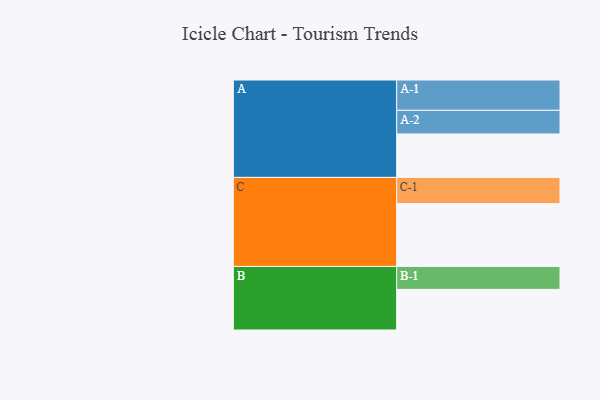
{"axis": {"x": "Segment", "y": "Value"}, "legend": ["", "A", "B", "C"], "data": [{"x": "A", "y": 404, "type": ""}, {"x": "B", "y": 378, "type": ""}, {"x": "C", "y": 584, "type": ""}, {"x": "A-1", "y": 282, "type": "A"}, {"x": "A-2", "y": 220, "type": "A"}, {"x": "B-1", "y": 213, "type": "B"}, {"x": "C-1", "y": 244, "type": "C"}]}